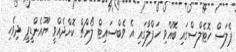
ޕެލަސް ހޮޓެލްސްގައި ބޭއްވި ހަފްލާގައި އެ ވެބްސައިޓް ލޯންޗް ކޮށްދެއްވީ ޔޫއެންޑީޕީ ދިވެހި